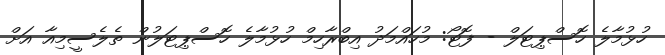
ހުޅުމާލެ ހޮސްޕިޓަލް - ފޮޓޯ: މުހައްމަދު އިބްރާހިމް ހުޅުމާލެ ހޮސްޕިޓަލުން ތެލެސީމިއާ އަށް